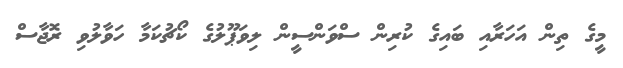
މީގެ ތިން އަހަރާއި ބައިގެ ކުރިން ސްވަންސީން ލިވަޕޫލުގެ ކޯޗުކަމާ ހަވާލުވި ރޮޖާސް